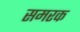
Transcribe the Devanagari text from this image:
समरक